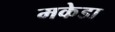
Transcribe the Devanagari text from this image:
मकेडा